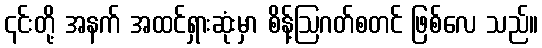
၎င်းတို့ အနက် အထင်ရှားဆုံးမှာ စိန့်ဩဂတ်စတင် ဖြစ်လေ သည်။